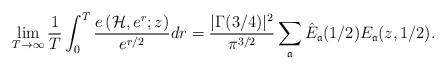
LaTeX: \begin{align*} \lim_{T \to \infty} \frac{1}{T} \int_{0}^{T} \frac{e \left(\mathcal{H}, e^r ; z\right)}{e^{r/2}} d r = \frac{|\Gamma(3/4)|^2}{\pi^{3/2}} \sum_{\mathfrak{a}} \hat{E}_{\mathfrak{a}} (1/2) E_{\mathfrak{a}} (z, 1/2).\end{align*}